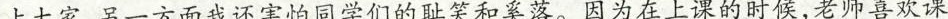
上大家，另一方面我还害怕同学们的耻笑和奚落。因为在上课的时候，老师喜欢课